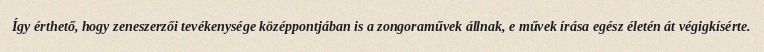
Így érthető, hogy zeneszerzői tevékenysége középpontjában is a zongoraművek állnak, e művek írása egész életén át végigkísérte.